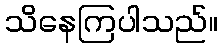
သိနေကြပါသည်။